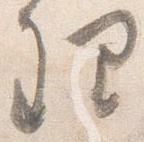
理